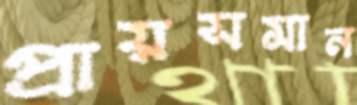
প্রায়সমান